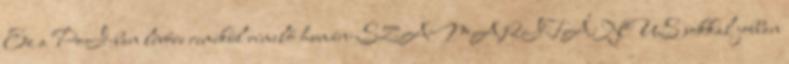
Ez a PoI-ban lévőre remekül rímelő humán-SZAMARITÁNUS sokkal jobban